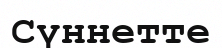
Сүннетте